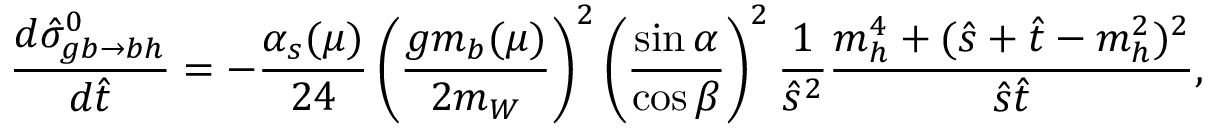
\frac { d \hat { \sigma } _ { g b \to b h } ^ { 0 } } { d \hat { t } } = - \frac { \alpha _ { s } ( \mu ) } { 2 4 } \left( \frac { g m _ { b } ( \mu ) } { 2 m _ { W } } \right) ^ { 2 } \left( \frac { \sin { \alpha } } { \cos { \beta } } \right) ^ { 2 } \frac { 1 } { \hat { s } ^ { 2 } } \frac { m _ { h } ^ { 4 } + ( \hat { s } + \hat { t } - m _ { h } ^ { 2 } ) ^ { 2 } } { \hat { s } \hat { t } } ,